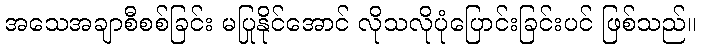
အသေအချာစီစစ်ခြင်း မပြုနိုင်အောင် လိုသလိုပုံပြောင်းခြင်းပင် ဖြစ်သည်။